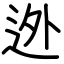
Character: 迯